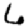
Digit: 6